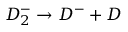
D _ { 2 } ^ { - } \rightarrow D ^ { - } + D